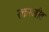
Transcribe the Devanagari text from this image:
रक्तरंजीत